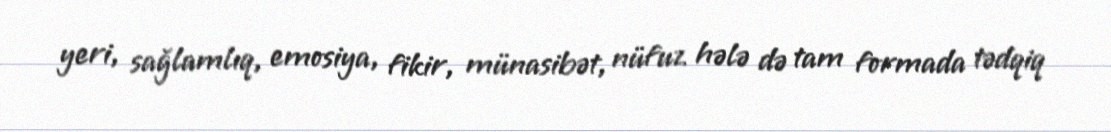
yeri, sağlamlıq, emosiya, fikir, münasibət, nüfuz hələ də tam formada tədqiq